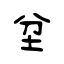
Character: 坌